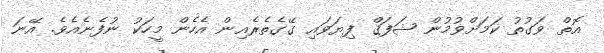
އޮތް ވަގުތު ކަމަށްވުމުން ޝަފަޤް ފިޔަވައި ގޭގެތެރެއިން އެހެން މީހަކު ނުފެނެއެވެ. އޭނަ